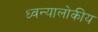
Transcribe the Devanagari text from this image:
ध्वन्यालोकीय